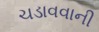
ચડાવવાની